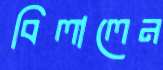
বিলালেন